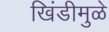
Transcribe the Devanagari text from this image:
खिंडीमुळे